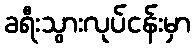
ခရီးသွားလုပ်ငန်းမှာ